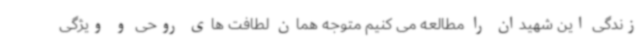
زندگی این شهیدان را مطالعه می کنیم متوجه همان لطافت های روحی و ویژگی